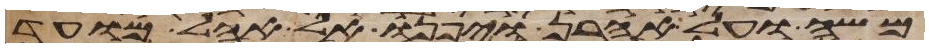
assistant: משה ועל אהרן ויפנו אל אהל מועד